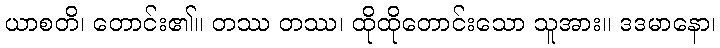
ယာစတိ၊ တောင်း၏။ တဿ တဿ၊ ထိုထိုတောင်းသော သူအား။ ဒဒမာနော၊